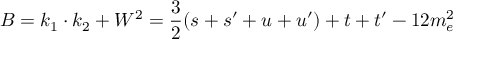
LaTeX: B = k _ { 1 } \cdot k _ { 2 } + W ^ { 2 } = \frac { 3 } { 2 } ( s + s ^ { \prime } + u + u ^ { \prime } ) + t + t ^ { \prime } - 1 2 m _ { e } ^ { 2 }